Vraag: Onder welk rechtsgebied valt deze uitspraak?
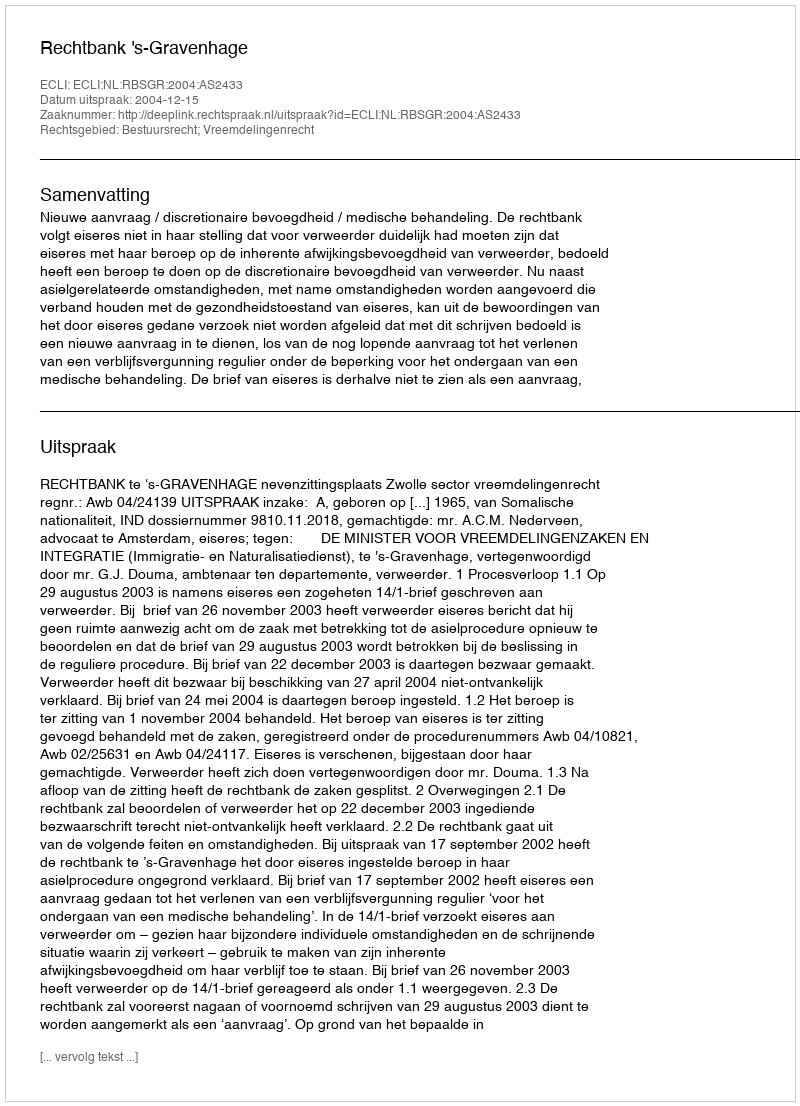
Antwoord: Bestuursrecht; Vreemdelingenrecht